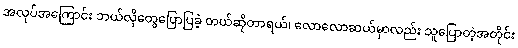
အလုပ်အကြောင်း ဘယ်လိုတွေပြောပြခဲ့ တယ်ဆိုတာရယ်၊ လောလောဆယ်မှာလည်း သူပြောတဲ့အတိုင်း